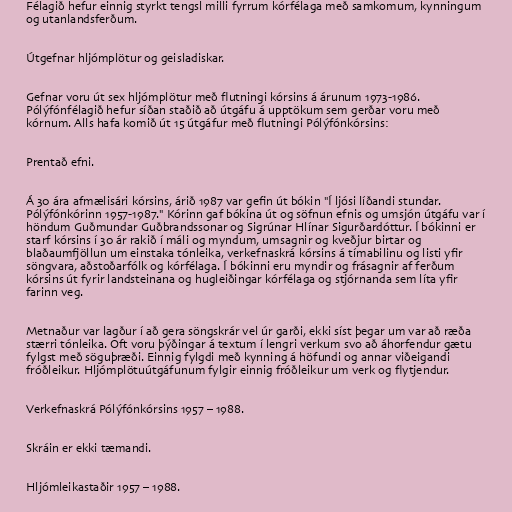
Félagið hefur einnig styrkt tengsl milli fyrrum kórfélaga með samkomum, kynningum
og utanlandsferðum.

Útgefnar hljómplötur og geisladiskar.

Gefnar voru út sex hljómplötur með flutningi kórsins á árunum 1973-1986.
Pólýfónfélagið hefur síðan staðið að útgáfu á upptökum sem gerðar voru með
kórnum. Alls hafa komið út 15 útgáfur með flutningi Pólýfónkórsins:

Prentað efni.

Á 30 ára afmælisári kórsins, árið 1987 var gefin út bókin "Í ljósi líðandi stundar.
Pólýfónkórinn 1957-1987." Kórinn gaf bókina út og söfnun efnis og umsjón útgáfu var í
höndum Guðmundar Guðbrandssonar og Sigrúnar Hlínar Sigurðardóttur. Í bókinni er
starf kórsins í 30 ár rakið í máli og myndum, umsagnir og kveðjur birtar og
blaðaumfjöllun um einstaka tónleika, verkefnaskrá kórsins á tímabilinu og listi yfir
söngvara, aðstoðarfólk og kórfélaga. Í bókinni eru myndir og frásagnir af ferðum
kórsins út fyrir landsteinana og hugleiðingar kórfélaga og stjórnanda sem líta yfir
farinn veg.

Metnaður var lagður í að gera söngskrár vel úr garði, ekki síst þegar um var að ræða
stærri tónleika. Oft voru þýðingar á textum í lengri verkum svo að áhorfendur gætu
fylgst með söguþræði. Einnig fylgdi með kynning á höfundi og annar viðeigandi
fróðleikur. Hljómplötuútgáfunum fylgir einnig fróðleikur um verk og flytjendur.

Verkefnaskrá Pólýfónkórsins 1957 – 1988.

Skráin er ekki tæmandi.

Hljómleikastaðir 1957 – 1988.